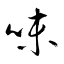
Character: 味